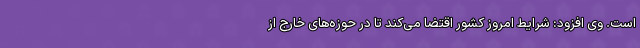
است. وی افزود: شرایط امروز کشور اقتضا می‌کند تا در حوزه‌های خارج از